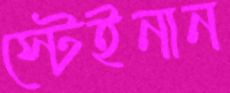
স্টেইনান